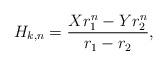
LaTeX: \begin{align*}H_{k,n}=\dfrac{Xr_{1}^{n}-Yr_{2}^{n}}{r_{1}-r_{2}}, \end{align*}